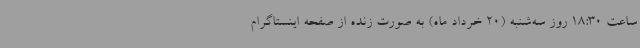
ساعت 18:30 روز سه‌شنبه (20 خرداد ماه) به‌ صورت زنده از صفحه اینستاگرام